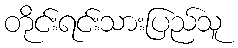
တိုင်းရင်းသားပြည်သူ